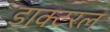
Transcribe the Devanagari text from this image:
डाक्टरल